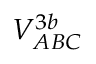
V _ { A B C } ^ { 3 b }